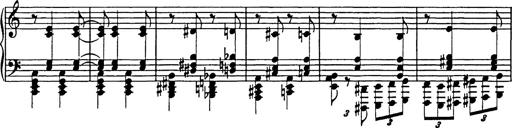
Title: Galop in A minor
Composer: Franz Liszt
Key: A minor